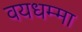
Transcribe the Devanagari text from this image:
वयधम्मा